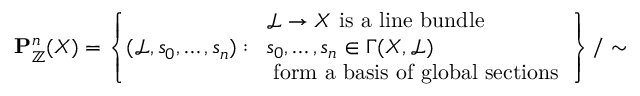
\mathbf { P } _ { \mathbb { Z } } ^ { n } ( X ) = \left\{ ( { \mathcal { L } } , s _ { 0 } , \ldots , s _ { n } ) : { \begin{array} { l } { { \mathcal { L } } \to X { \mathrm { ~ i s ~ a ~ l i n e ~ b u n d l e } } } \\ { s _ { 0 } , \ldots , s _ { n } \in \Gamma ( X , { \mathcal { L } } ) } \\ { { \mathrm { ~ f o r m ~ a ~ b a s i s ~ o f ~ g l o b a l ~ s e c t i o n s } } } \end{array} } \right\} / \sim